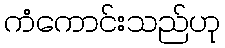
ကံကောင်းသည်ဟု